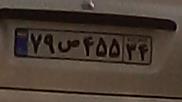
۷۹ص۴۵۵۳۴